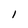
Character: I